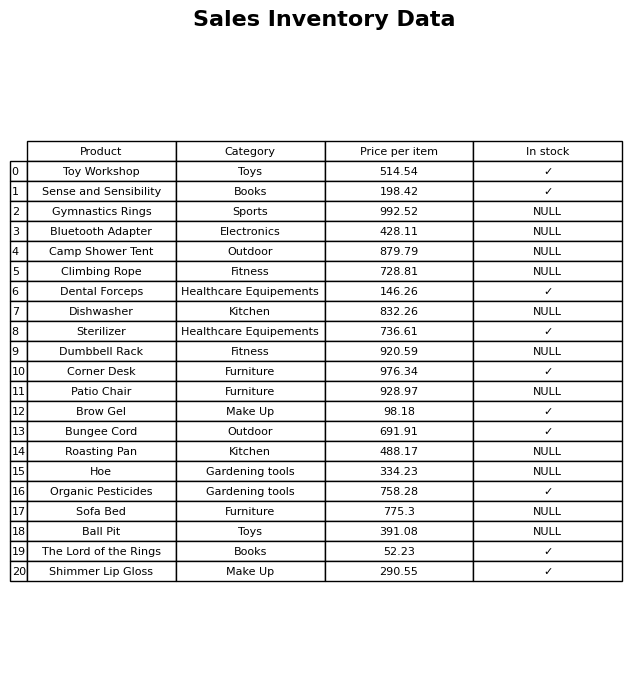
question: Which products are available in stock?
answer: Toy Workshop, Sense and Sensibility, Dental Forceps, Sterilizer, Corner Desk, Brow Gel, Bungee Cord, Organic Pesticides, The Lord of the Rings, Shimmer Lip Gloss